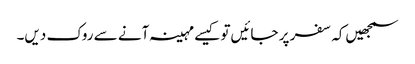
سمجھیں‌کہ سفر پر جائیں‌تو کیسے مہینہ آنے سے روک دیں۔